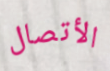
الأتصال